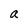
Character: a